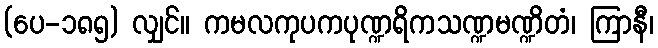
(ပေ-၁၈၅) လျှင်။ ကမလကုပကပုဏ္ဍရိကသဏ္ဍမဏ္ဍိတံ၊ ကြာနီ၊